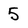
Character: 5